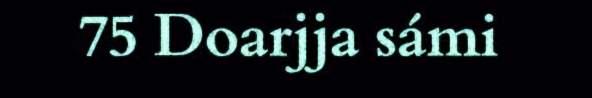
75 Doarjja sámi